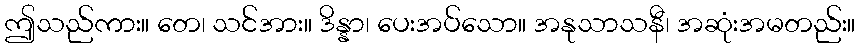
ဤသည်ကား။ တေ၊ သင်အား။ ဒိန္နာ၊ ပေးအပ်သော။ အနုသာသနီ၊ အဆုံးအမတည်း။